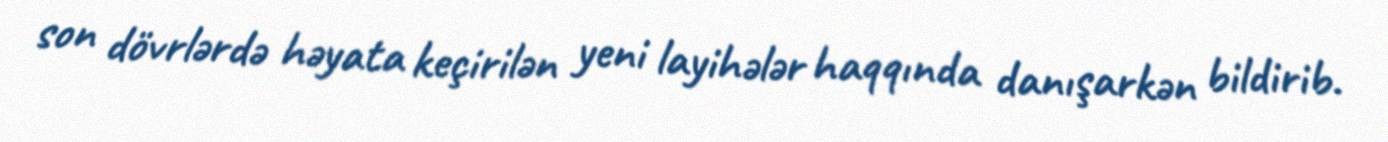
son dövrlərdə həyata keçirilən yeni layihələr haqqında danışarkən bildirib.